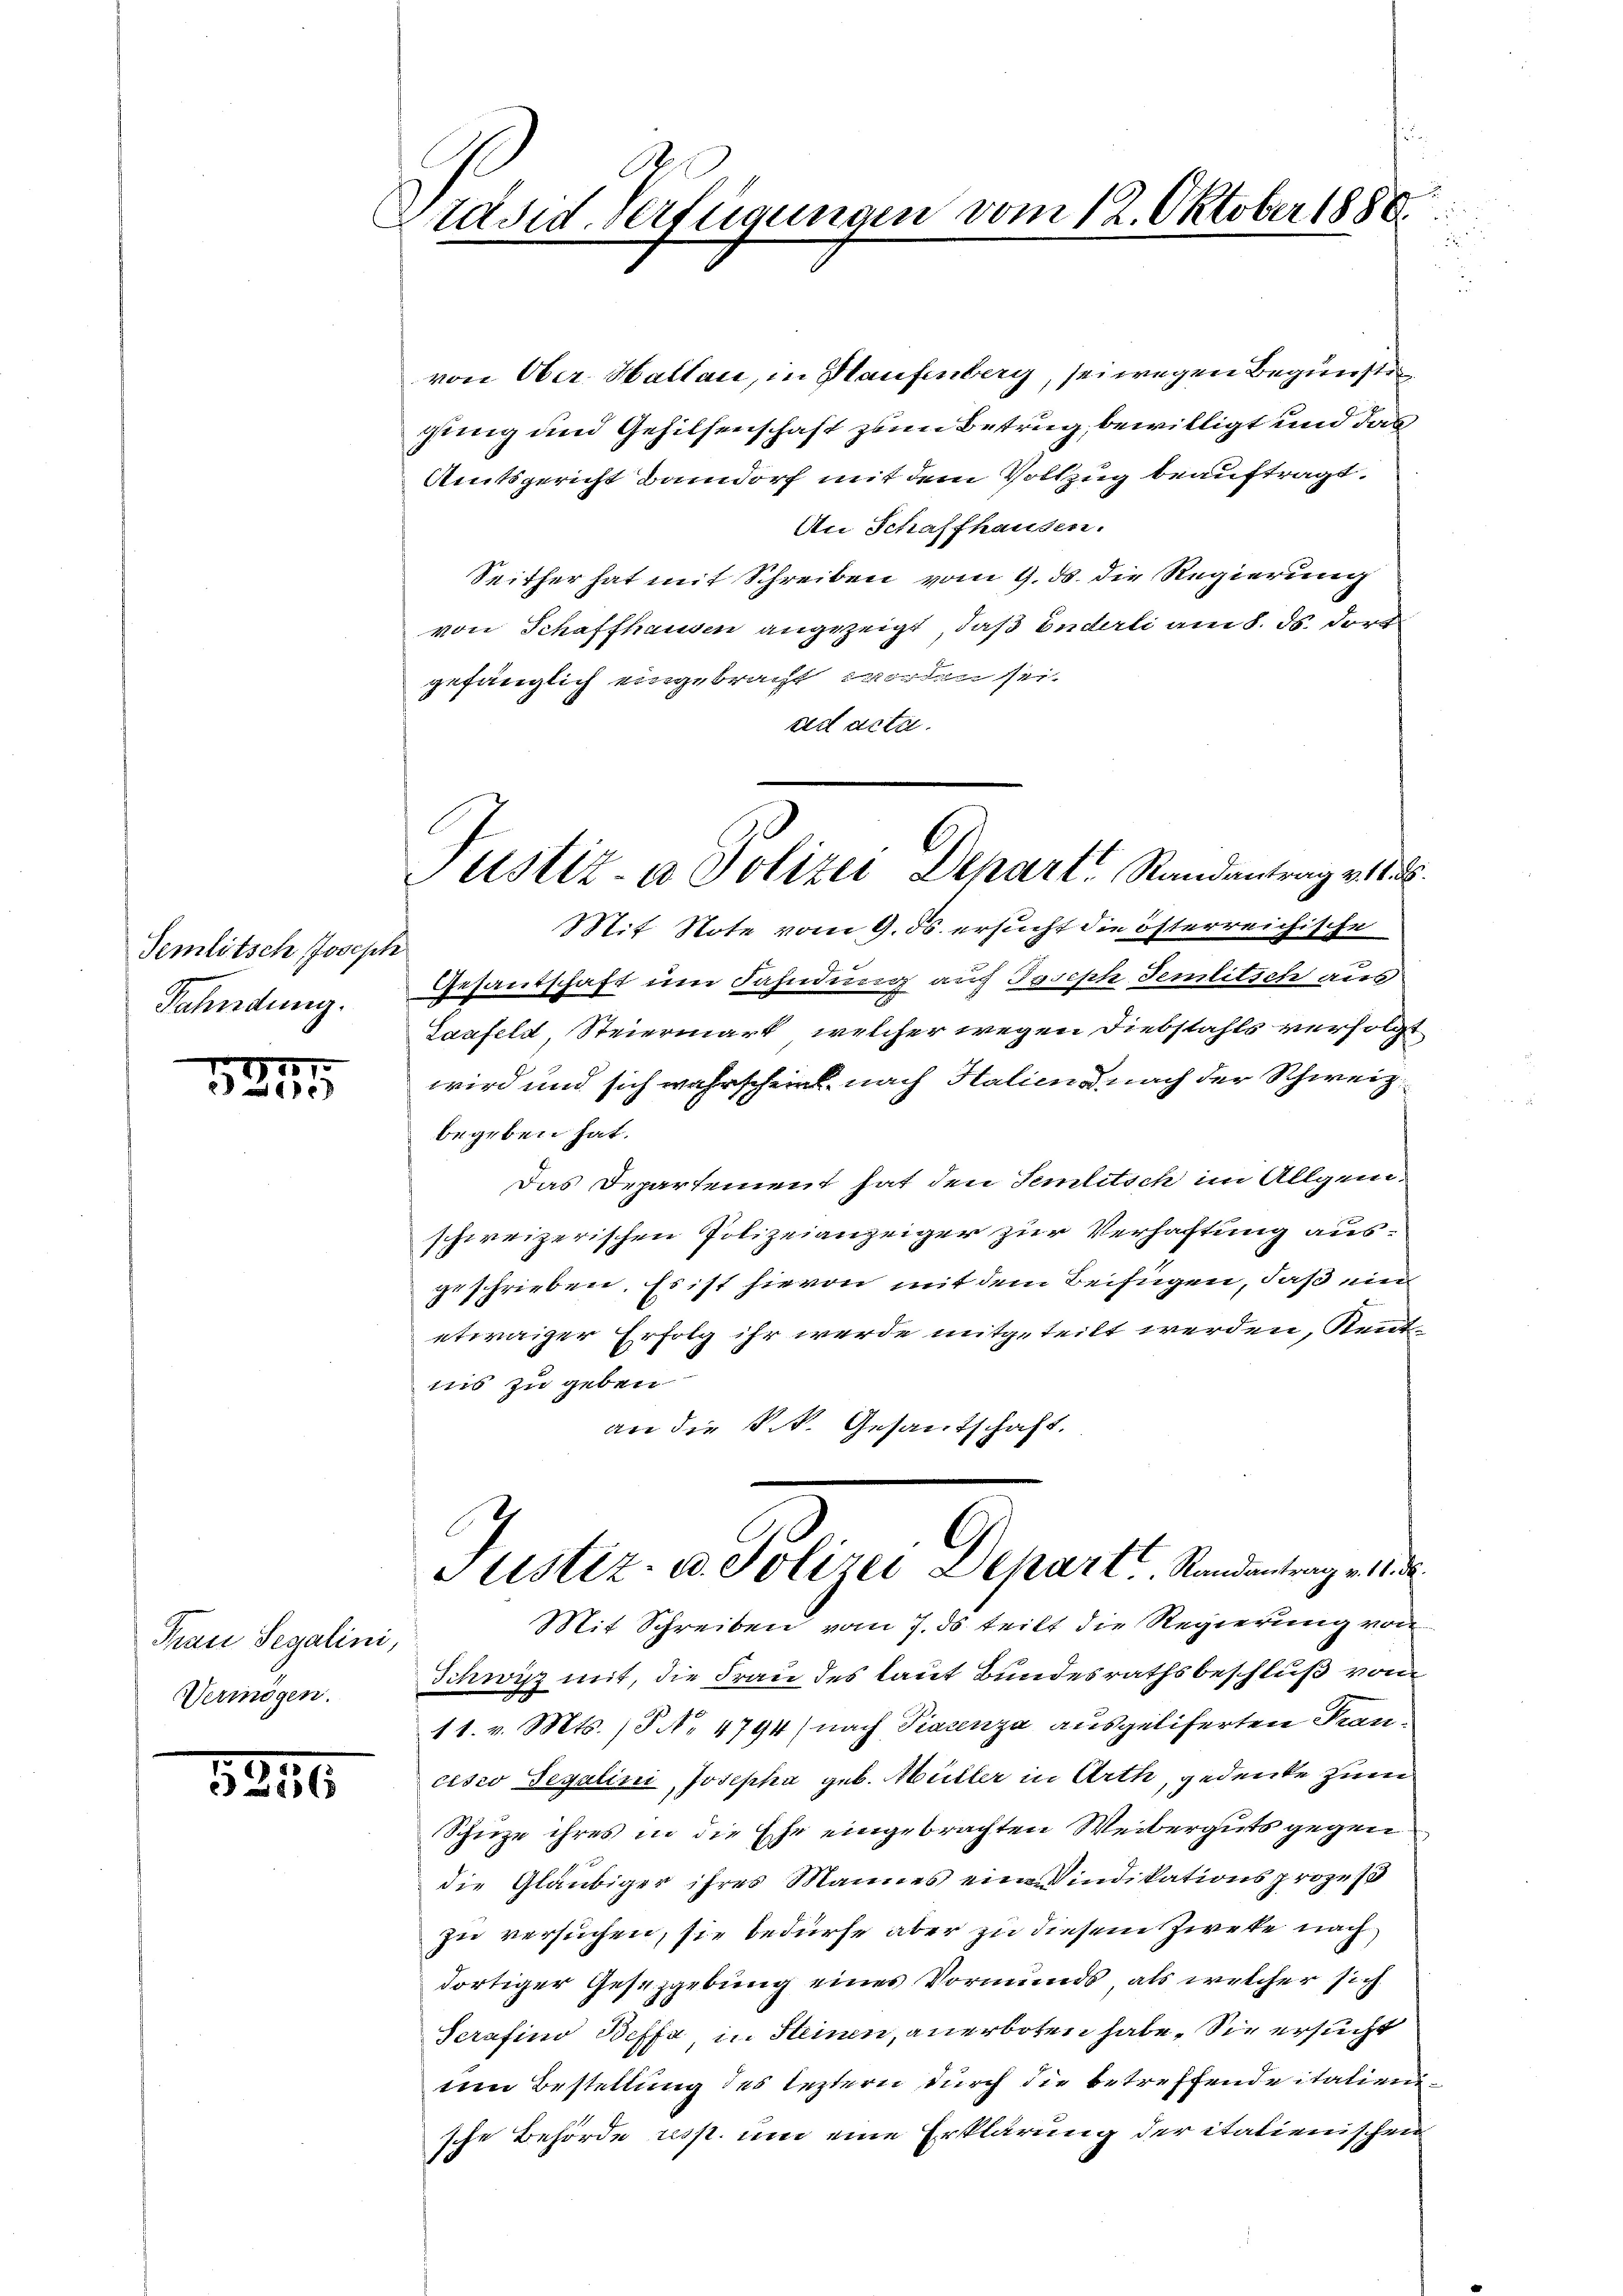
Semlitsch Joseph
Fahndung.

157
2

Frau Segalini,
Vermögen.

8246

i
Präsid. Vertraumann vom 12. Oktober 1880

von Ober Hallau, in Haufenberg, sei wegen Begünste
gung und Gehilsenschaft zum Betrug, bewilligt und das
Amtsgericht Bandorf mit dem Vollzug beauftragt.
An Schaffhausen.
Seither hat mit Schreiben vom 9. ds. die Regierung
von Schaffhausen angezeigt, daß inderli am 8. ds. dort
gefänglich eingebracht worden sei.
ad acta.
Mit Note vom 9. ds. ersucht die österreichische
Gesandschaft um Fahndung auf Joseph Jemlitsch aus
Laufeld Steiermark, welcher wegen Diebstahls verfolgt
wird und sich wahrscheint nach Halien nach der Schweiz.
begeben hat.
Das Departement hat den Temlitsch im Allgem
schweizerischen Polizeianzeiger zur Verhaftung aus-
geschrieben, Es ist hievon mit dem Beifügen, daß ein
etwaiger Erfolg ihr werde mitgeteilt werden, Kenntins zu geben.
an die k.k. Gesantschaft.
G
Justiz- u. Polizei Depart Randantrag v. 14. d.
Mit Schreiben vom 7. ds teilt die Regierung von
Schwyz mit, die Frau des laut Bundesrathsbeschluß vom
11. v. Mts. (§ No 4794 (nach Piacenza ausgeliferten Kancisio Segalini, Josepha geb. Müller in Arth, gedenke zum
Schüze ihres in die Ehe eingebrachten Weiberguts gegen
die Gläubiger ihres Mannes eine Vindikationsprozeß
zu versuchen, sie bedürfe aber zu diesem Zweke nach
dortiger Gesetzgebung eines Vormunds, als welcher sich
Scrafino Beffa in Steinen, anerboten habe. Sie ersucht
em Bestellung des leztern durch die betreffendeitalien.
sche Behörde asst, um eine Erklärung der italienischen

Justiz- & Polizei Departe Standentrag v. 18.